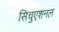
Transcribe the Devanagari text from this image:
सिचुएशनल